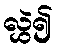
လွှဲ၍